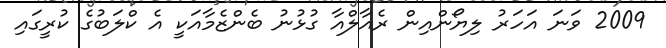
2009 ވަނަ އަހަރު ލިޔޯންއިން ރެއާލްއާ ގުޅުނު ބެންޒެމާއަކީ އެ ކްލަބުގެ ކުރީގައި